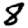
Digit: 8